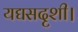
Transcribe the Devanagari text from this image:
यद्यसदृशी।